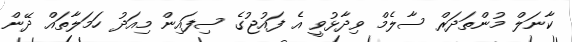
ކާނަލް މުންތަދަރް ސާލެމް ވިދާޅުވީ އެ ފައުޖުގެ ސިފައިން މިއަދު ހަމަލާތައް ދޭން